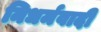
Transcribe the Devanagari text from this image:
निधर्मवादी